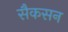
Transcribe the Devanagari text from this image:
सैकसन